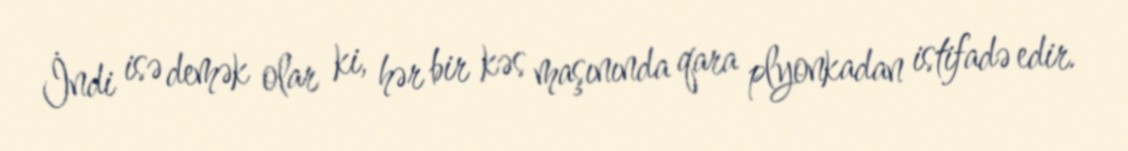
İndi isə demək olar ki, hər bir kəs maşınında qara plyonkadan istifadə edir.